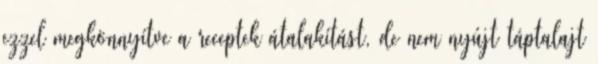
ezzel megkönnyítve a receptek átalakítást, de nem nyújt táptalajt